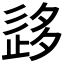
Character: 𡖰